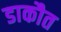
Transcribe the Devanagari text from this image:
डाकौत